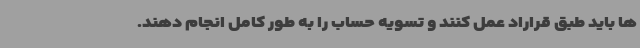
ها باید طبق قراراد عمل کنند و تسویه حساب را به طور کامل انجام دهند.